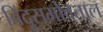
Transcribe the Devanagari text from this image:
बिंदूसभोवताल